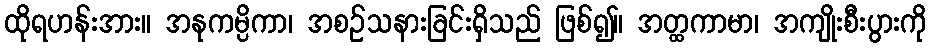
ထိုရဟန်းအား။ အနုကမ္ပိကာ၊ အစဉ်သနားခြင်းရှိသည် ဖြစ်၍။ အတ္ထကာမာ၊ အကျိုးစီးပွားကို